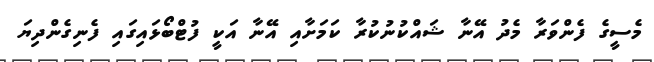
މެސީގެ ފެންވަރާ މެދު އޭނާ ޝައްކުނުކުރާ ކަމަށާއި އޭނާ އަކީ ފުޓްބޯޅައިގައި ފެނިގެންދިޔަ